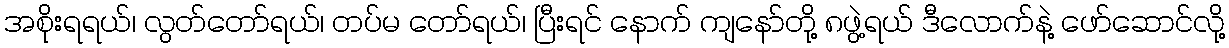
အစိုးရရယ်၊ လွတ်တော်ရယ်၊ တပ်မ တော်ရယ်၊ ပြီးရင် နောက် ကျနော်တို့ ၈ဖွဲ့ရယ် ဒီလောက်နဲ့ ဖော်ဆောင်လို့